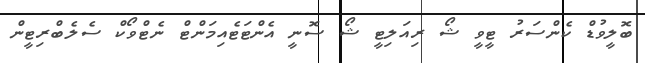
ބޮލީވުޑް ކެންސަރު ޓީވީ ޝޯ ރިއަލިޓީ ޝޯ ސޮނީ އެންޓަޓެއިމަންޓް ނެޓްވޯކް ސެލެބްރިޓީން